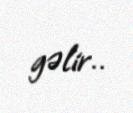
gəlir..